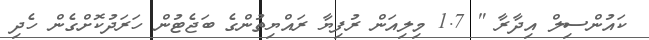
ކައުންސިލް އިދާރާ " 1.7 މިލިއަން ރުފިޔާ ރައްޔިތުންގެ ބަޖެޓުން ހަރަދުކޮށްގެން ހެދި